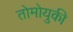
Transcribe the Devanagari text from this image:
तोमोयुकी